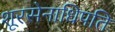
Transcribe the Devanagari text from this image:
शूरसेनाधिपति